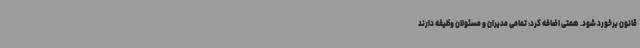
قانون برخورد شود. همتی اضافه کرد: تمامی مدیران و مسئولان وظیفه دارند